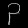
Digit: ၃